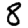
Digit: 8